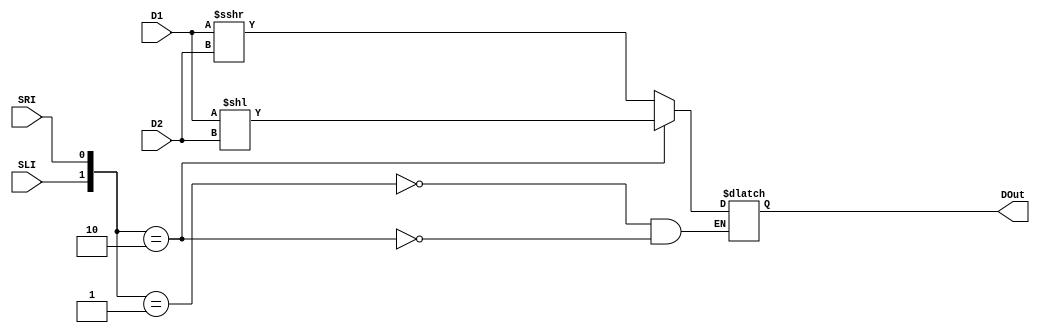
`timescale 1ns / 1ps
//////////////////////////////////////////////////////////////////////////////////
// Company: 
// Engineer: 
// 
// Design Name: 
// Module Name: Shifter
// Project Name: 
// Target Devices: 
// Tool Versions: 
// Description: 
// 
// Dependencies: 
// 
// Revision:
// Revision 0.01 - File Created
// Additional Comments:
// 
//////////////////////////////////////////////////////////////////////////////////


module Shifter(
    output reg [31:0] DOut,
    input signed [31:0] D1,
    input [31:0] D2,
    input SLI,
    input SRI
    );
    wire [1:0] shift = {SLI, SRI};
    always@(*)
    begin
        case(shift)
        2'b01: DOut <= D1 >>> D2;
        2'b10: DOut <= D1 << D2;
        endcase
    end
endmodule